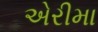
એરીમા